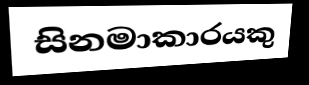
සිනමාකාරයකු